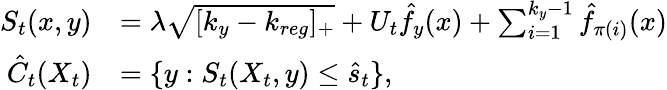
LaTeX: \begin{array}{rl}{\textstyle S_{t}(x,y)}&{=\textstyle\lambda\sqrt{[k_{y}-k_{reg}]_{+}}+U_{t}\hat{f}_{y}(x)+\sum_{i=1}^{k_{y}-1}\hat{f}_{\pi(i)}(x)}\\ {\hat{C}_{t}(X_{t})}&{=\{ y:S_{t}(X_{t},y)\le\hat{s}_{t}\} ,}\end{array}